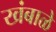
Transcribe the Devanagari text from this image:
खंबाळे